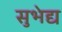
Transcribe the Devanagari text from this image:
सुभेद्य